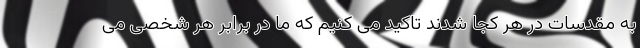
به مقدسات در هر کجا شدند تاکید می کنیم که ما در برابر هر شخصی می